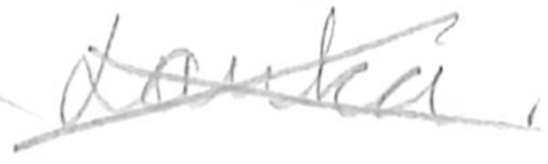
Text: Lanka.
Cross-out: cross
Writing tool: pencil